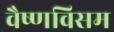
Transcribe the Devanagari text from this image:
वैष्णविसम